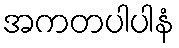
အကတပါပါနံ